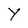
Character: Y